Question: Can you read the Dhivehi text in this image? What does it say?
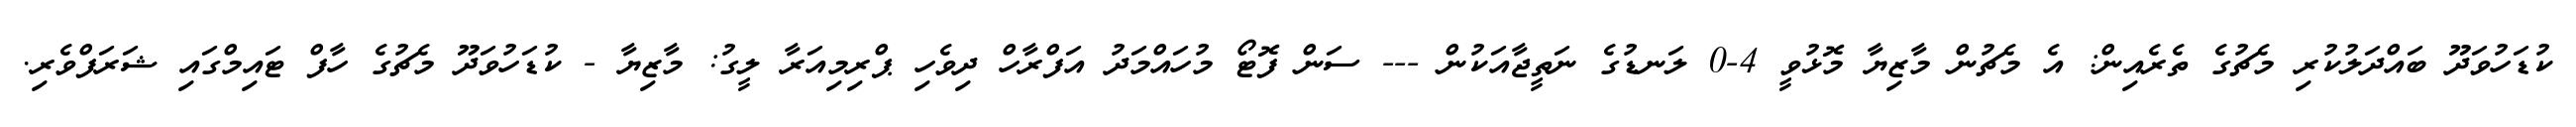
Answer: ކުޑަހުވަދޫ ބައްދަލުކުރި މެޗުގެ ތެރެއިން: އެ މެޗުން މާޒިޔާ މޮޅުވީ 4-0 ލަނޑުގެ ނަތީޖާއަކުން --- ސަން ފޮޓޯ މުހައްމަދު އަފްރާހް ދިވެހި ޕްރިމިއަރާ ލީގު: މާޒިޔާ - ކުޑަހުވަދޫ މެޗުގެ ހާފް ޓައިމްގައި ޝަރަފްވެރި.